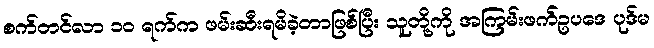
စက်တင်လာ ၁၀ ရက်က ဖမ်းဆီးရမိခဲ့တာဖြစ်ပြီး သူတို့ကို အကြမ်းဖက်ဥပဒေ ပုဒ်မ